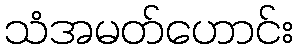
သံအမတ်ဟောင်း